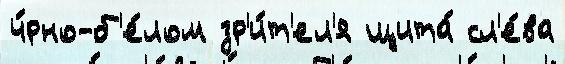
ч́рно-б'е́лом зр'и́т'ел'я щита́ сл'е́ва